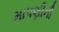
માપણીની